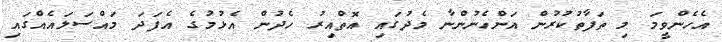
އެހެންވީމަ މި ތަފާތުކުރުން އަންހެނުންނާ މެދުގައި އޮތްއިރު ހެދުން އެޅުމުގެ އެފަދަ މައްސަލައެއްގައި